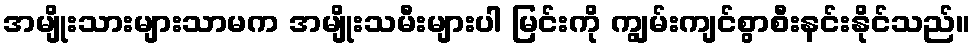
အမျိုးသားများသာမက အမျိုးသမီးများပါ မြင်းကို ကျွမ်းကျင်စွာစီးနင်းနိုင်သည်။